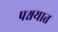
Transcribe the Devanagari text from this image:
पश्चयात